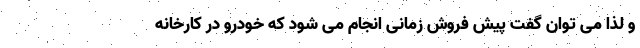
و لذا می توان گفت پیش فروش زمانی انجام می شود که خودرو در کارخانه